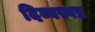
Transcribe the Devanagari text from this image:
दिव्यस्वप्न